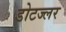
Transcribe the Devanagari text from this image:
डोटज्लर